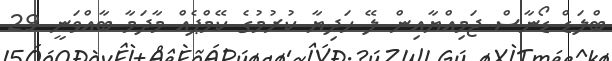
ބްލަޑް ޑޯނާސް ޖަމިއްޔާއިން ލޭ ހަދިޔާ ކުރުމުގެ ކޭމްޕެއް މާދަމާ ބާއްވަނީ 29